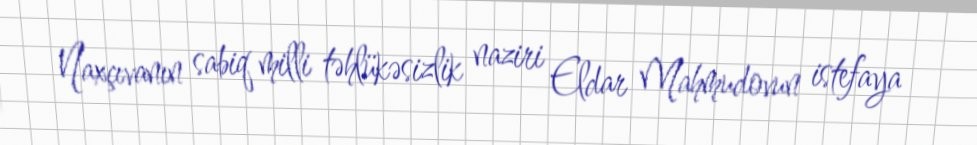
Naxçıvanın sabiq milli təhlükəsizlik naziri Eldar Mahmudovun istefaya